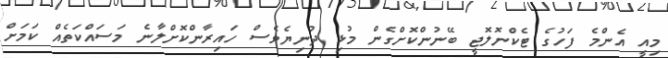
މިއީ އެންމެ ފަހުގެ ޓެކްނޮލޮޖީ ބޭނުންކޮށްގެން މުޅި ދުނިޔެވެސް ހައިރާންކޮށްލާނެ މަސައްކަތެއް ކަމަށް